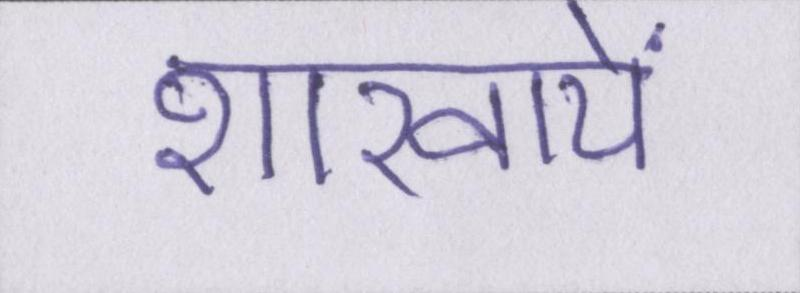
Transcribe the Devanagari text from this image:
शाखायें